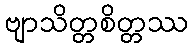
ဗျာသိတ္တစိတ္တဿ